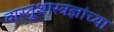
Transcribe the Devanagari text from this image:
वास्तूशास्त्रज्ञांच्या